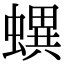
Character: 𧑌